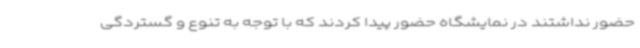
حضور نداشتند در نمایشگاه حضور پیدا کردند که با توجه به تنوع و گستردگی